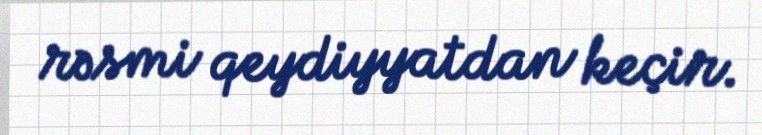
rəsmi qeydiyyatdan keçir.